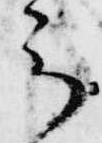
云